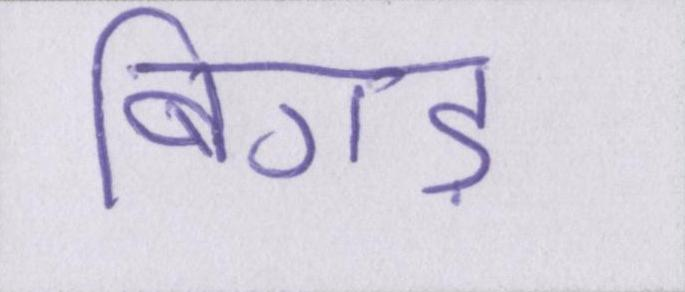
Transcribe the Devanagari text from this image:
बिगड़